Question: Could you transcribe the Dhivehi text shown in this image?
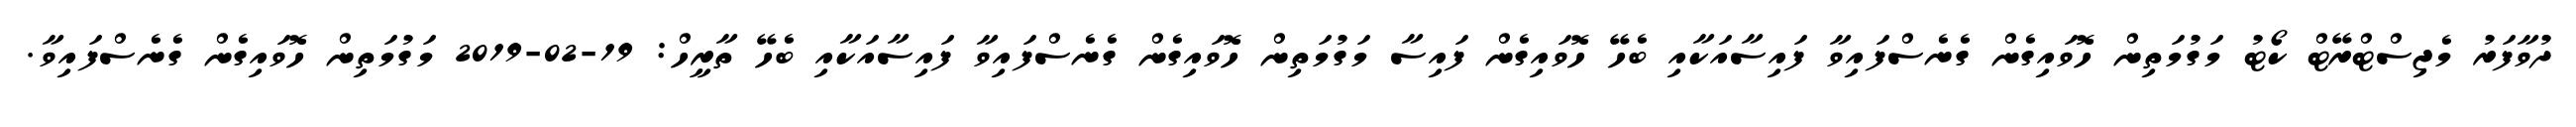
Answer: ދުވާފަރު މެޖިސްޓްރޭޓް ކޯޓު މަގުމަތިން ހޮވައިގެން ގެނެސްފައިވާ ފައިސާއަކާއި ބެހޭ ހޮވައިގެން ފައިސާ މަގުމަތިން ހޮވައިގެން ގެނެސްފައިވާ ފައިސާއަކާއި ބެހޭ ތާރީހް: 19-02-2019 މަގުމަތިން ހޮވައިގެން ގެނެސްފައިވާ.